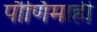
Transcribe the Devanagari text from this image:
पौर्णिमाही